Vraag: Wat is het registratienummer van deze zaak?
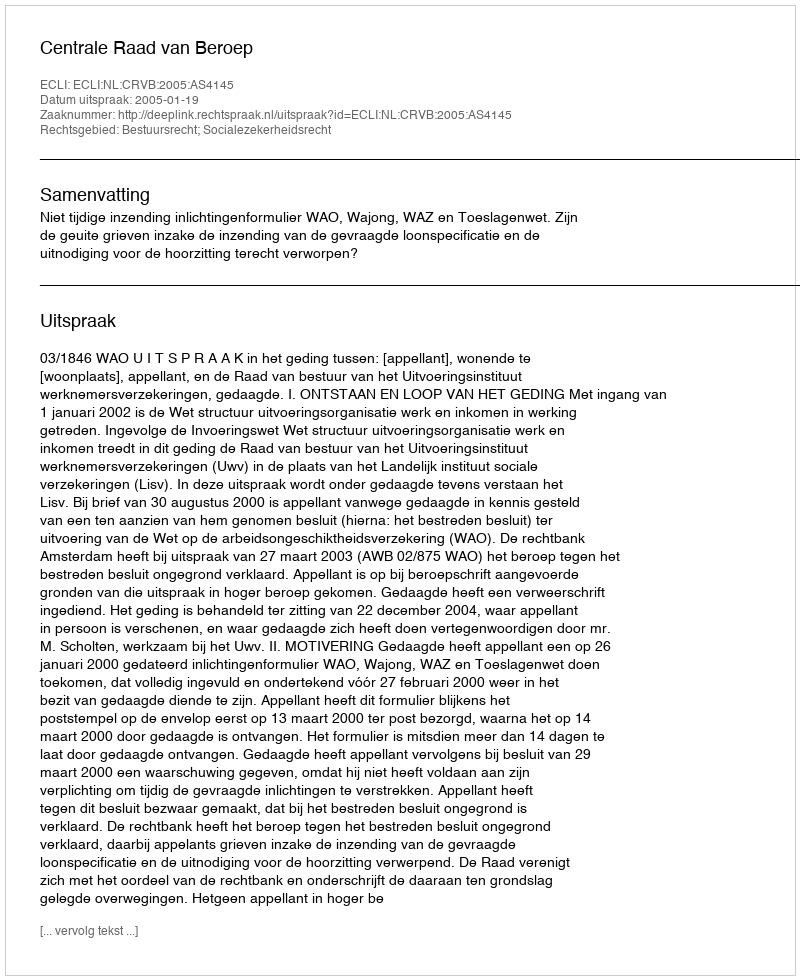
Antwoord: http://deeplink.rechtspraak.nl/uitspraak?id=ECLI:NL:CRVB:2005:AS4145